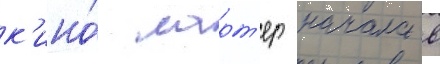
к'ино́ ларт'ер начала в